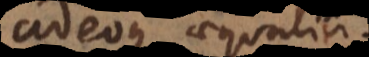
adeoque aequalia.